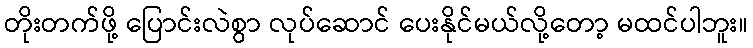
တိုးတက်ဖို့ ပြောင်းလဲစွာ လုပ်ဆောင် ပေးနိုင်မယ်လို့တော့ မထင်ပါဘူး။